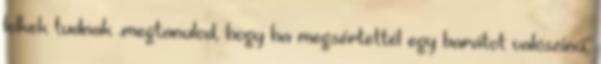
lelkek tudnak .megtanulod, hogy ha megsértettél egy barátot valószinű,